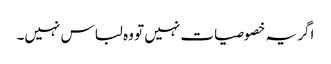
اگر یہ خصوصیات نہیں تو وہ لباس نہیں۔